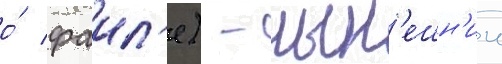
о́ фаил'е) - нын'ешн'ии